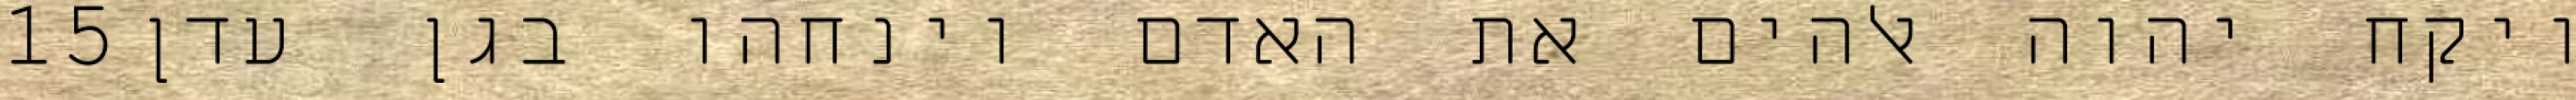
‎15‏ ויקח יהוה אלהים את האדם וינחהו בגן עדן